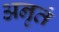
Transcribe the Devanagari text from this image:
अनृतं